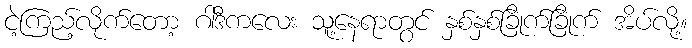
ငဲ့ကြည့်လိုက်တော့ ဂါဒီကလေး သူ့နေရာတွင် နှစ်နှစ်ခြိုက်ခြိုက် အိပ်လို့။